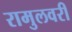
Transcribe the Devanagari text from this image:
रामुलवरी